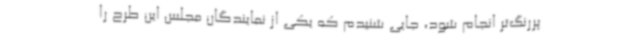
پررنگ‌تر انجام شود، جایی شنیدم که یکی از نمایندگان مجلس این طرح را